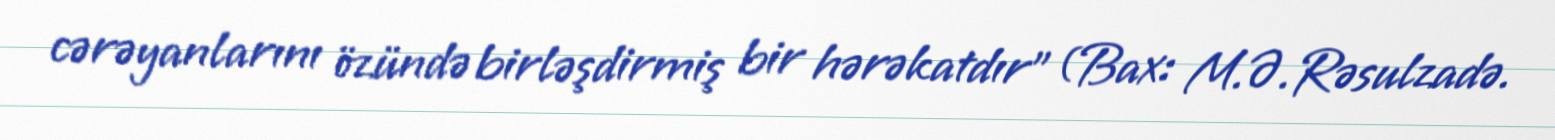
cərəyanlarını özündə birləşdirmiş bir hərəkatdır” (Bax: M.Ə.Rəsulzadə.